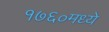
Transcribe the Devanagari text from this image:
१७६०मध्ये